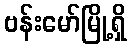
ဗန်းမော်မြို့ရှိ